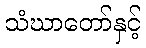
သံဃာတော်နှင့်